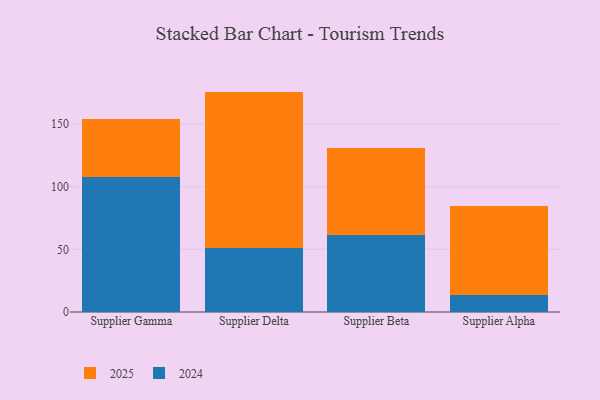
{"axis": {"x": "Supplier", "y": "Active Users"}, "legend": ["2024", "2025"], "data": [{"x": "Supplier Gamma", "y": 107.9, "type": "2024"}, {"x": "Supplier Gamma", "y": 46.3, "type": "2025"}, {"x": "Supplier Delta", "y": 51.2, "type": "2024"}, {"x": "Supplier Delta", "y": 124.7, "type": "2025"}, {"x": "Supplier Beta", "y": 61.3, "type": "2024"}, {"x": "Supplier Beta", "y": 69.3, "type": "2025"}, {"x": "Supplier Alpha", "y": 13.5, "type": "2024"}, {"x": "Supplier Alpha", "y": 71.2, "type": "2025"}]}